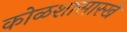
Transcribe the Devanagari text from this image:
कोळशासारखे